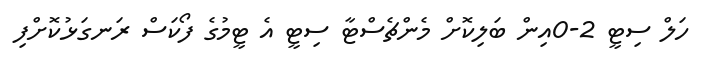
ހަލް ސިޓީ 2-0އިން ބަލިކޮށް މެންޗެސްޓާ ސިޓީ އެ ޓީމުގެ ފޯކަސް ރަނގަޅުކޮށްފި